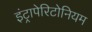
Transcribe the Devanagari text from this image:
इंट्रापेरिटोनियम